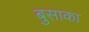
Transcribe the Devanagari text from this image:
बुसाका